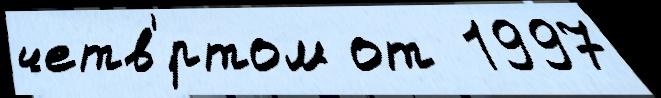
четв'́ртом от  1997